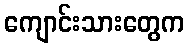
ကျောင်းသားတွေက